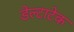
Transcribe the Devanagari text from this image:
डेल्टाटेक